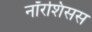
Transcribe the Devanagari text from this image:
नॉरशिसस